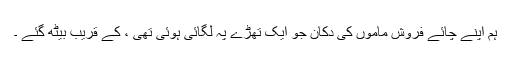
ہم اپنے چائے فروش ماموں کی دکان جو ایک تھڑے پہ لگائی ہوئی تھی ، کے قریب بیٹھ گئے ۔